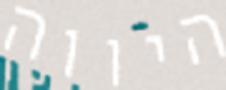
היווה